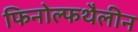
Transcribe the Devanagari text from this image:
फिनोल्फथैलीन